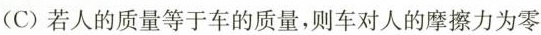
(C)若人的质量等于车的质量，则车对人的摩擦力为零